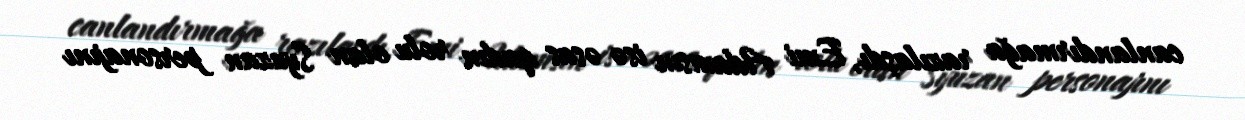
canlandırmağa razılaşdı, Emi Adamsın isə əsas qadın rolu olan Syuzan personajını